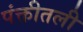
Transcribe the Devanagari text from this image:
पंक्तीतली